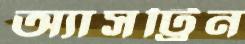
অ্যাসট্রিন